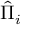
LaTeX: { \hat { \Pi } } _ { i }